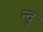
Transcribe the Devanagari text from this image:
न्दु